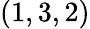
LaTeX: (1,3,2)